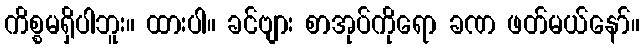
ကိစ္စမရှိပါဘူး။ ထားပါ။ ခင်ဗျား စာအုပ်ကိုရော ခဏ ဖတ်မယ်နော်။